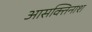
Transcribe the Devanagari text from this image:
आसक्तिनाश